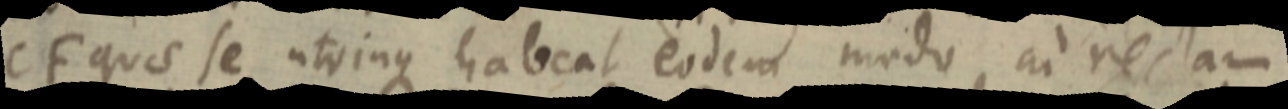
CF quae se utrinque habeat eodem modo in rectam